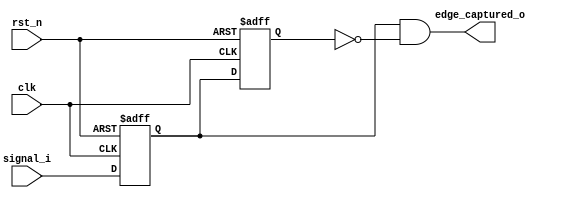
`timescale 1ns / 1ps

module edge_capture
#(
	parameter EDGE_TYPE = 0		//0 = rising edge, 1 = falling edge
)
(	
	input clk,
	input rst_n,
	input signal_i,
	output edge_captured_o
);

reg signal_1dff, signal_2dff;

generate 
	if(EDGE_TYPE == 0) begin
		assign edge_captured_o = signal_1dff & (~signal_2dff);
	end
	else if(EDGE_TYPE == 1) begin
		assign edge_captured_o = (~signal_1dff) & signal_2dff;
	end
endgenerate

always @(posedge clk or negedge rst_n) begin
	if(!rst_n) begin
		signal_1dff <= 1'b0;
		signal_2dff <= 1'b0;
	end
	else begin
		signal_1dff <= signal_i;
		signal_2dff = signal_1dff;
	end
end

endmodule